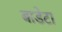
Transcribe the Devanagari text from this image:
बाडेटा